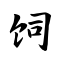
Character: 饲